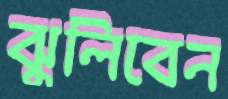
ঝুলিবেন